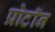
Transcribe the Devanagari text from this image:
प्रोटाॅन